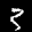
Label: 3